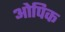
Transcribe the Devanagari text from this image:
ओपिक